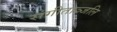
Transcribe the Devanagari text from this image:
संगीताञ्जलि